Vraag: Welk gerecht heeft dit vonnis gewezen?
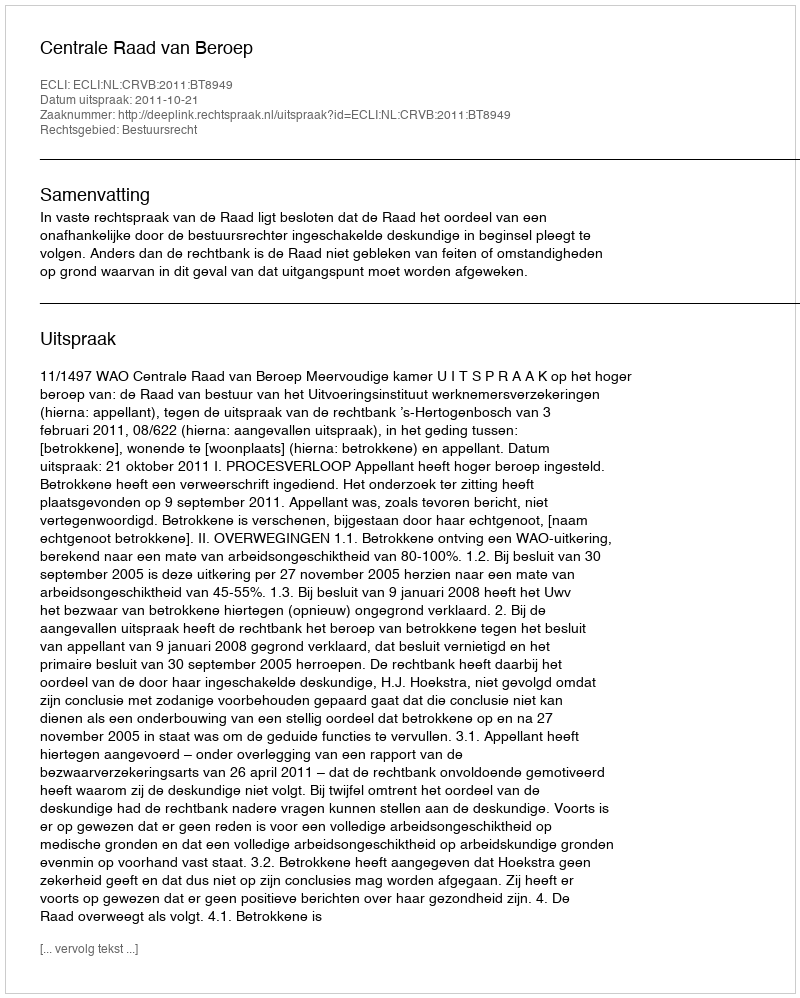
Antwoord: Centrale Raad van Beroep